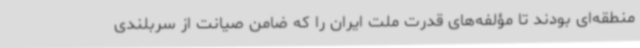
منطقه‌ای بودند تا مؤلفه‌های قدرت ملت ایران را که ضامن صیانت از سربلندی